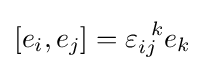
[e_{i},e_{j}]=\varepsilon _{ij}^{\;\;k}e_{k}